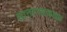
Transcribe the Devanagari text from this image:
साताऱ्याजवळ